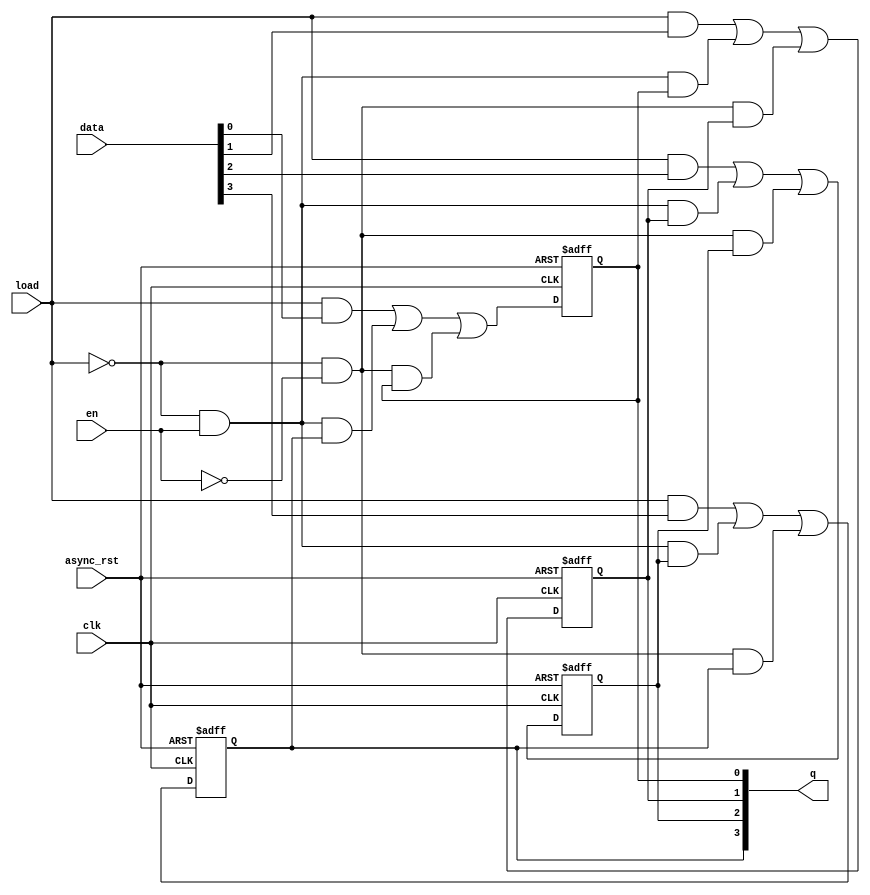
`timescale 1ns/1ps

module left_rotate_reg
    #(parameter DW=4)
    (
    input wire clk,
    input wire async_rst,
    input wire load,
    input wire en,
    input wire [DW-1:0] data,
    output reg [DW-1:0] q
    );

    // bit 0
    always @(posedge clk or posedge async_rst)
        if(async_rst)
            q[0]<=0;
        else
            q[0]<=load&data[0]|(~load)&en&q[DW-1]|(~load)&(~en)&q[0];

    // bit [DW-1:1]
    genvar i;
    generate
        for(i=1;i<DW;i=i+1)
            begin:dff_array
                always @(posedge clk or posedge async_rst)
                    if(async_rst)
                        q[i]<=0;
                    else 
                        q[i]<=load&data[i]|(~load)&en&q[i-1]|(~load)&(~en)&q[i];
            end
    endgenerate
endmodule